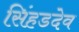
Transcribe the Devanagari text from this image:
सिंहडदेव